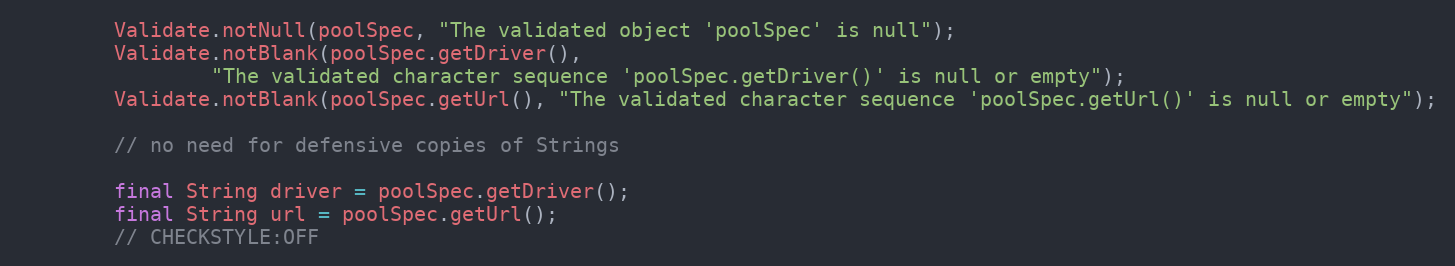
Language: Java
        Validate.notNull(poolSpec, "The validated object 'poolSpec' is null");
        Validate.notBlank(poolSpec.getDriver(),
                "The validated character sequence 'poolSpec.getDriver()' is null or empty");
        Validate.notBlank(poolSpec.getUrl(), "The validated character sequence 'poolSpec.getUrl()' is null or empty");

        // no need for defensive copies of Strings

        final String driver = poolSpec.getDriver();
        final String url = poolSpec.getUrl();
        // CHECKSTYLE:OFF